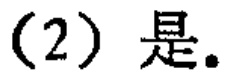
(2) 是。